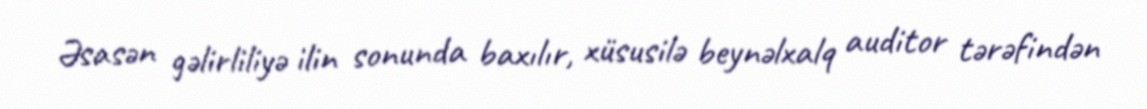
Əsasən gəlirliliyə ilin sonunda baxılır, xüsusilə beynəlxalq auditor tərəfindən